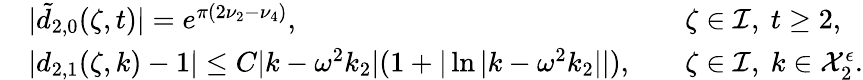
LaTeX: \begin{array}{rlrl}&{|\tilde{d}_{2,0}(\zeta,t)|=e^{\pi(2\nu_{2}-\nu_{4})},}&&{\zeta\in\mathcal{I},\ t\geq 2,}\\ &{|d_{2,1}(\zeta,k)-1|\leq C|k-\omega^{2}k_{2}|(1+|\ln|k-\omega^{2}k_{2}||),}&&{\zeta\in\mathcal{I},\ k\in\mathcal{X}_{2}^{\epsilon}.}\end{array}